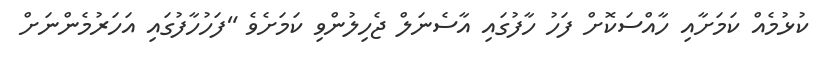
ކުޅުމެއް ކަމަށާއި ހާއްސަކޮށް ފަހު ހާފުގައި އާސެނަލް ޖެހިލުންވި ކަމަށެވެ "ފަހުހާފުގައި އަހަރުމެންނަށް